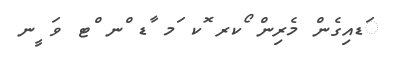
ަޑއިގެން މެރިން ޯކރ ޮކ ަމ ާޑ ްނ ްޓ ވަ ީނ